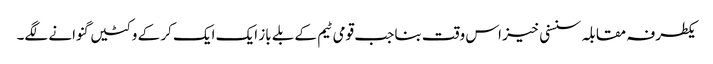
یکطرفہ مقابلہ سنسنی خیز اس وقت بنا جب قومی ٹیم کے بلے باز ایک ایک کر کے وکٹیں گنوانے لگے۔